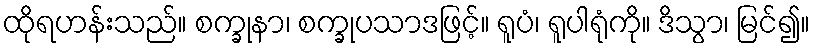
ထိုရဟန်းသည်။ စက္ခုနာ၊ စက္ခုပသာဒဖြင့်။ ရူပံ၊ ရူပါရုံကို။ ဒိသွာ၊ မြင်၍။